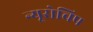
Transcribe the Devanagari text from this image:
न्यूरोचिप